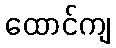
ထောင်ကျ